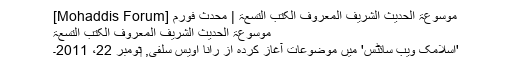
موسوعۃ الحدیث الشریف المعروف الکتب التسعۃ | محدث فورم [Mohaddis Forum]
موسوعۃ الحدیث الشریف المعروف الکتب التسعۃ
'اسلامک ویب سائٹس' میں موضوعات آغاز کردہ از رانا اویس سلفی, ‏نومبر 22، 2011۔